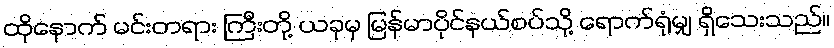
ထိုနောက် မင်းတရား ကြီးတို့ ယခုမှ မြန်မာပိုင်နယ်စပ်သို့ ရောက်ရုံမျှ ရှိသေးသည်။